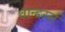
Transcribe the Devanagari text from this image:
वान्डरर्स